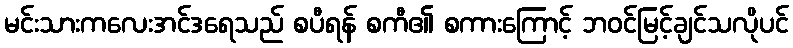
မင်းသားကလေးအင်ဒရေသည် စပီရန် စကီ၏ စကားကြောင့် ဘဝင်မြင့်ချင်သလိုပင်